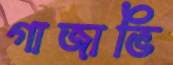
গাজাভি